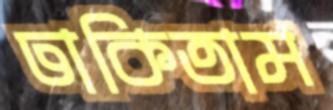
ঢাকিতাম